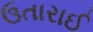
ઉતારાઈ